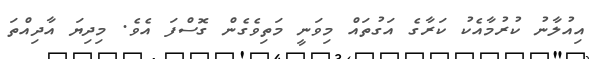
އިއުލާނު ކުރުމާއެކު ކަރާގެ އަގުތައް މިވަނީ މަތިވެގެން ގޮސްފަ އެވެ. މިދިޔަ އާދިއްތަ